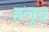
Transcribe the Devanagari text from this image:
हलूद